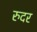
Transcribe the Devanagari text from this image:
रुदर